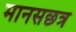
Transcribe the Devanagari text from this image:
मानसछत्र